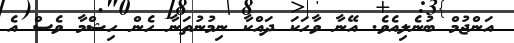
އަންޖުމް ބުނެލިއެވެ. އޭނާ ވާހަކަ ދައްކާ ނިމުނުތަނާ ހެން ހިޝްމާ ވެސް އެ